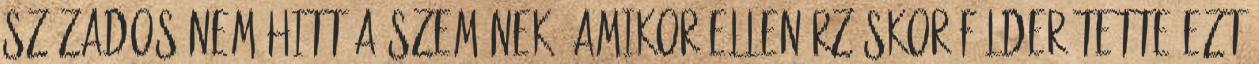
százados nem hitt a szemének, amikor ellenőrzéskor földerítette ezt